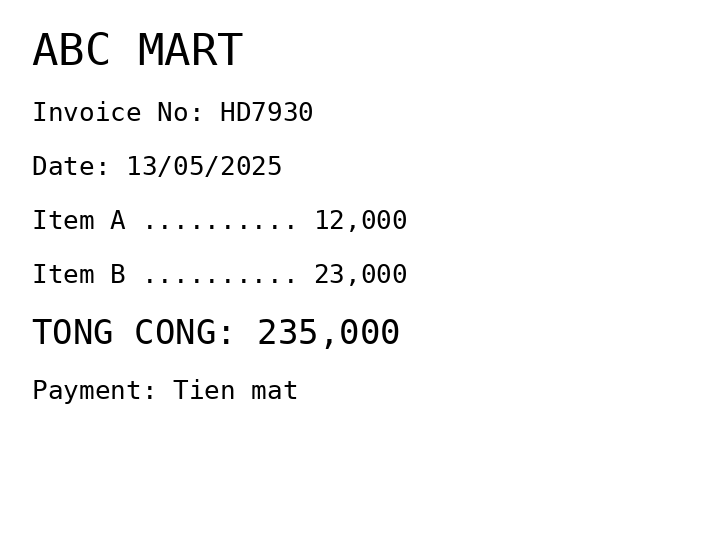
ABC MART
Invoice No: HD7930
Date: 13/05/2025
Item A .......... 12,000
Item B .......... 23,000
TONG CONG: 235,000
Payment: Tien mat
Merchant: abc mart
Date: 2025-05-13
Total: 235000
Invoice No: HD7930
Payment method: CASH